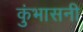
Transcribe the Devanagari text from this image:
कुंभासनी